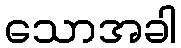
သောအခါ